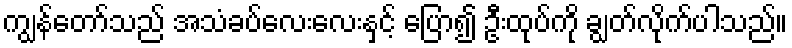
ကျွန်တော်သည် အသံခပ်လေးလေးနှင့် ပြော၍ ဦးထုပ်ကို ချွတ်လိုက်ပါသည်။